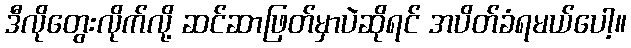
ဒီလိုတွေးလိုက်လို့ ဆင်ဆာဖြတ်မှာပဲဆိုရင် အပိတ်ခံရမယ်ပေါ့။